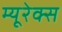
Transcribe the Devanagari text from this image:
म्यूरेक्स